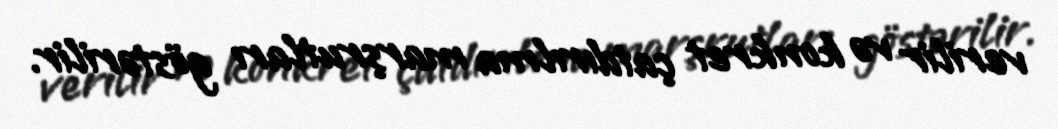
verilir və konkret çatdırılma marşrutları göstərilir.